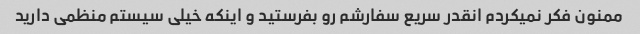
ممنون فکر نمیکردم انقدر سریع سفارشم رو بفرستید و اینکه خیلی سیستم منظمی دارید